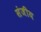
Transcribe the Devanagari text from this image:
संजीय